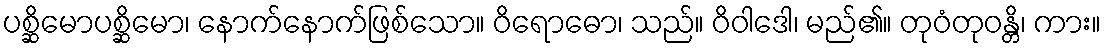
ပစ္ဆိမောပစ္ဆိမော၊ နောက်နောက်ဖြစ်သော။ ဝိရောဓော၊ သည်။ ဝိဝါဒေါ၊ မည်၏။ တုဝံတုဝန္တိ၊ ကား။